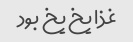
غذا یخ یخ بود